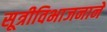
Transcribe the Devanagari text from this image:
सूत्रीविभाजनाने